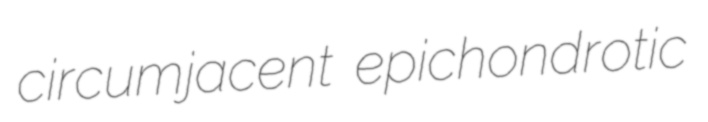
circumjacent epichondrotic